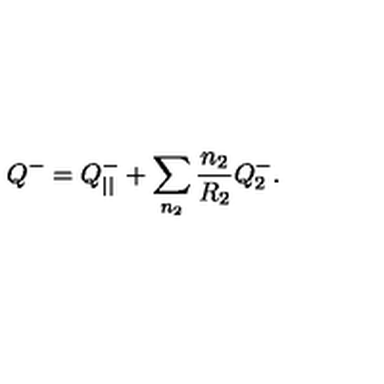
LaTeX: Q ^ { - } = Q _ { | | } ^ { - } + \sum _ { n _ { 2 } } \frac { n _ { 2 } } { R _ { 2 } } Q _ { 2 } ^ { - } .